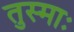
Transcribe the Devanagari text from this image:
तुस्माः